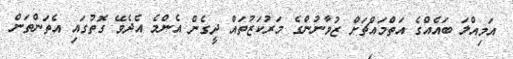
އަމިއްލަ ބައެއްގެ އަތްމައްޗަށް ޒުވާނުންގެ މަރުކަޒުތައް ދީގެން އެންމެ އެދެވޭ ގޮތުގައި އެތަންތަން